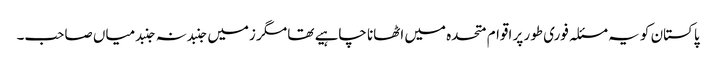
پاکستان کو یہ مسئلہ فوری طور پر اقوام متحدہ میں اٹھانا چاہیے تھا مگر زمیں جنبد نہ جنبد میاں صاحب۔